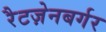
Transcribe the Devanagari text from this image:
रैटज़ेनबर्गर